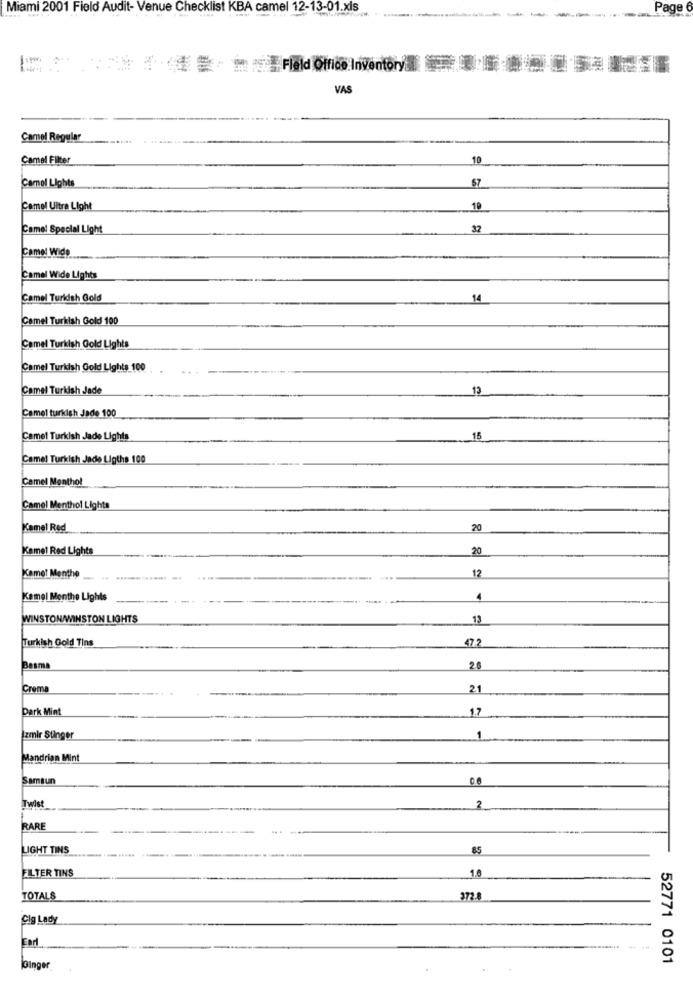
Miami 2001 Field Audit- Venue Checklist KBA camel 12-13-01.xls
Page
Fleld Office Inventory
VAS
Camel Regular
Camel Filter
10
Camel Lights
57
Camel Ultra Light
19
Camel Special Light
32
Camel Wide
Camel Wide Lights
Camel Turidsh Gold
14
Camel Turkish Gold 100
Camel Turkish Gold Lights
Camel Turkish Gold Lights 100
Camel Turkish Jade
Camel turkish Jade 100
Camel Turkish Jade Lights
15
Camel Turkish Jade Ligths 100
Camel Menthol
Camel Menthol Lights
Kamel Red
20
Kamel Red Lights
20
Kamet Menthe
12
Kamel Menthe Lights
4
WINSTONWINSTON LIGHTS
13
Turkish Gold Tins
472
Basma
2.6
Crema
2.1
Dark Mint
1.7
Izmir Stinger
1
Mandrian Mint
Samsun
0.6
Twist
2
RARE
LIGHT TINS
85
ELTER TINS
1.0
TOTALS
372
Cig Lady
Earl
52771 0101
Ginge